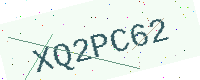
Text: XQ2PC62